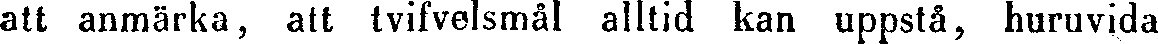
att anmärka, att tvifvelsmål alltid kan uppstå, huruvida